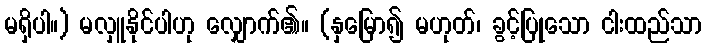
မရှိပါ။) မလှူနိုင်ပါဟု လျှောက်၏။ (နှမြော၍ မဟုတ်၊ ခွင့်ပြုသော ငါးထည်သာ